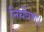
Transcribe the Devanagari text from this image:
नियँत्रण।